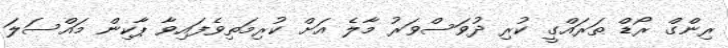
ރިންގް ރޯޑް ތަރައްގީ ކުރި ދުވަސްވަރު މާލެ އަށް ކުރިމަތިވެފައިވާ ޕާކިން މައްސަލަ